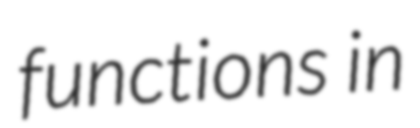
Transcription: functions in